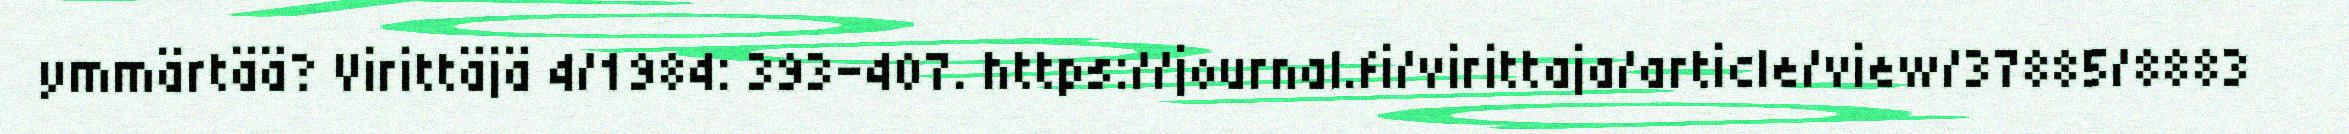
ymmärtää? Virittäjä 4/1984: 393–407. https://journal.fi/virittaja/article/view/37885/8883